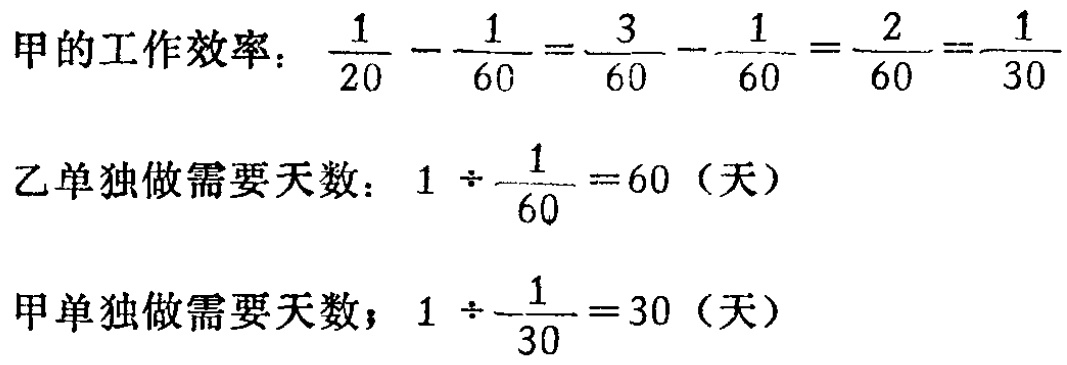
甲的工作效率：\(\frac{1}{20} - \frac{1}{60} = \frac{3}{60} - \frac{1}{60} = \frac{2}{60} = \frac{1}{30}\)

乙单独做需要天数：\(1 \div \frac{1}{60} = 60\)（天）

甲单独做需要天数；\(1 \div \frac{1}{30} = 30\)（天）